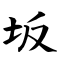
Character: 坂